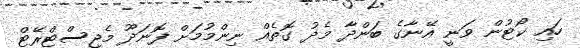
ހައި ކޯޓުން ވަނީ އޭނާގެ ބަންދާ މެދު ގޮތެއް ނިންމުމަށް ފޮނަދޫ މެޖިސްޓްރޭޓް